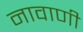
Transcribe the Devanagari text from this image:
नावाणी